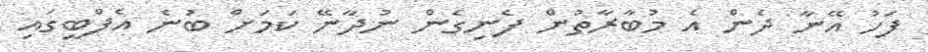
ފަހު އޭނާ ދެން އެ މުބާރާތުން ފެނިގެން ނުދާނޭ ކަމަށް ބުނެ އެފްބީގައި